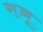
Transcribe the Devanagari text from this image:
राज्जू